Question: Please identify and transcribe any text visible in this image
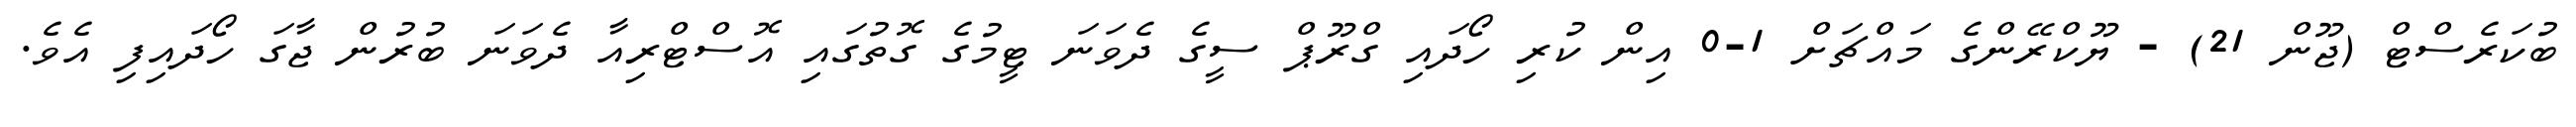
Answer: ބުކަރެސްޓް (ޖޫން 21) - ޔޫކްރޭންގެ މައްޗަށް 1-0 އިން ކުރި ހޯދައި ގްރޫޕް ސީގެ ދެވަނަ ޓީމުގެ ގޮތުގައި އޮސްޓްރިއާ ދެވަނަ ބުރުން ޖާގަ ހޯދައިފި އެވެ.